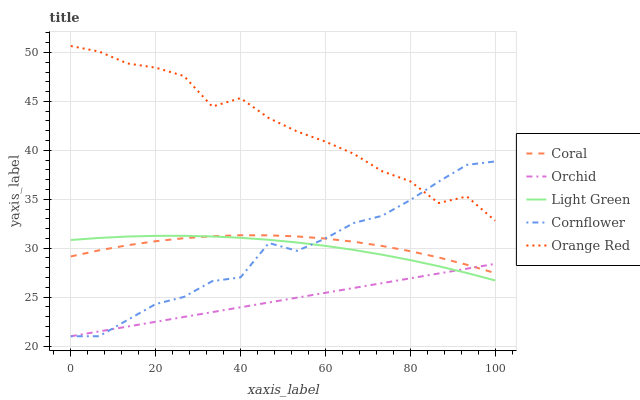
| xaxis_label | Coral | Orchid | Light Green | Cornflower | Orange Red |
 | --- | --- | --- | --- | --- | --- |
 | 0 | 29.2 | 21 | 30.8 | 21 | 50.7 |
 | 6.67 | 29.8 | 21.5 | 31 | 21 | 50.1 |
 | 13.3 | 30.3 | 22 | 31.2 | 22.7 | 48.9 |
 | 20 | 30.7 | 22.5 | 31.3 | 24.3 | 48.4 |
 | 26.7 | 31 | 23 | 31.3 | 25 | 47.6 |
 | 33.3 | 31.2 | 23.5 | 31.2 | 26.6 | 44.5 |
 | 40 | 31.3 | 24 | 31.1 | 27 | 45.3 |
 | 46.7 | 31.3 | 24.5 | 30.9 | 30.5 | 43.3 |
 | 53.3 | 31.2 | 24.9 | 30.6 | 29.7 | 41.9 |
 | 60 | 31 | 25.4 | 30.2 | 31 | 40.9 |
 | 66.7 | 30.7 | 25.9 | 29.8 | 32.6 | 39.6 |
 | 73.3 | 30.2 | 26.4 | 29.3 | 33.3 | 37.9 |
 | 80 | 29.7 | 26.9 | 28.8 | 34.9 | 36.8 |
 | 86.7 | 29.1 | 27.4 | 28.2 | 36.8 | 34.6 |
 | 93.3 | 28.3 | 27.9 | 27.5 | 38.5 | 35.3 |
 | 100 | 27.5 | 28.4 | 26.7 | 38.9 | 32.8 |